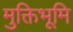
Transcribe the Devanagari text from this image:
मुक्तिभूमि